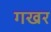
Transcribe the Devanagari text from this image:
गखर